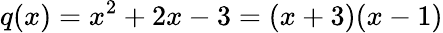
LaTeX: q(x)=x^{2}+2x-3=(x+3)(x-1)